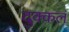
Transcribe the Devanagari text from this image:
दुक्कलं